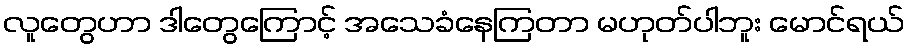
လူတွေဟာ ဒါတွေကြောင့် အသေခံနေကြတာ မဟုတ်ပါဘူး မောင်ရယ်